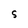
Character: S